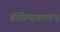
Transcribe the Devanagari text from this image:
गोविन्दवल्लभ